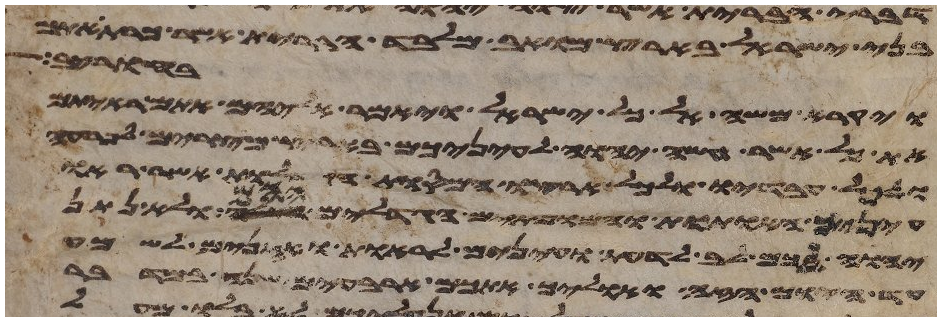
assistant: בני ישראל בארץ מואב מלבד הברית אשר כרת אתם
רחבות עיר
ויקרא משה אל כל ישראל ויאמר אליהם אתם ראיתם
את כל אשר עשה יהוה לעיניכם בארץ מצרים לפרעה
ולכל עבדיו ולכל ארצו המסות הגדלות אשר ראו
עיניך האתות והמופתים הגדלים ההם ולא נתן
יהוה לכם לב לדעת ועינים לראות ואזנים לשמע
עד היום הזה ואוליך אתכם ארבעים שנה במדבר